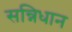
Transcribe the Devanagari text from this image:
सन्निधान